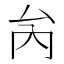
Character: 𠫣